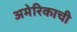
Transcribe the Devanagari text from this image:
अमेरिकाची